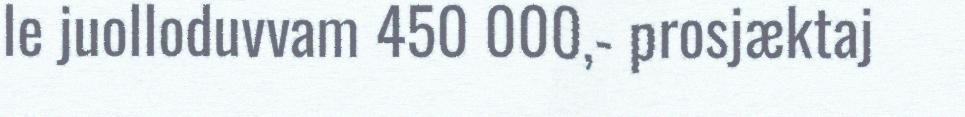
le juolloduvvam 450 000,- prosjæktaj